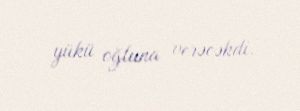
yükü oğluna verəcəkdi.